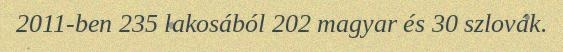
2011-ben 235 lakosából 202 magyar és 30 szlovák.